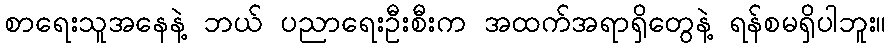
စာရေးသူအနေနဲ့ ဘယ် ပညာရေးဦးစီးက အထက်အရာရှိတွေနဲ့ ရန်စမရှိပါဘူး။